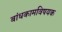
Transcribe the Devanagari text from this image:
बांधकामविषयक